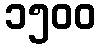
၁၅၀၀